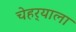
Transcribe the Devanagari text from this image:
चेहर्‍याला